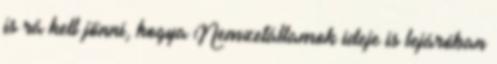
is rá kell jönni, hogya Nemzetállamok ideje is lejáróban